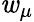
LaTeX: \mathit{w}_{\mu}